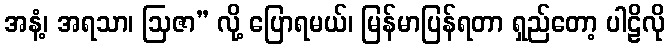
အနံ့၊ အရသာ၊ ဩဇာ” လို့ ပြောရမယ်၊ မြန်မာပြန်ရတာ ရှည်တော့ ပါဠိလို